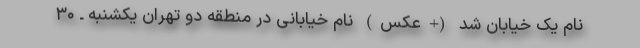
نام یک خیابان شد (+عکس) نام خیابانی در منطقه دو تهران یکشنبه ـ ۳۰